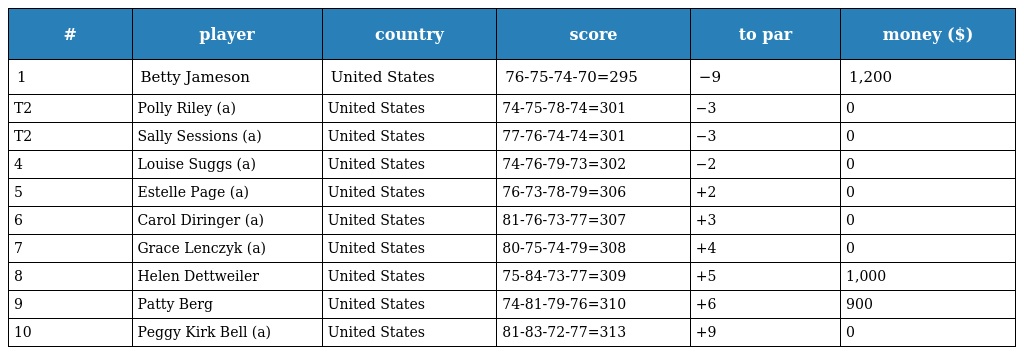
| # | player | country | score | to par | money ($) |
 | --- | --- | --- | --- | --- | --- |
 | 1 | Betty Jameson | United States | 76-75-74-70=295 | −9 | 1,200 |
 | T2 | Polly Riley (a) | United States | 74-75-78-74=301 | −3 | 0 |
 | T2 | Sally Sessions (a) | United States | 77-76-74-74=301 | −3 | 0 |
 | 4 | Louise Suggs (a) | United States | 74-76-79-73=302 | −2 | 0 |
 | 5 | Estelle Page (a) | United States | 76-73-78-79=306 | +2 | 0 |
 | 6 | Carol Diringer (a) | United States | 81-76-73-77=307 | +3 | 0 |
 | 7 | Grace Lenczyk (a) | United States | 80-75-74-79=308 | +4 | 0 |
 | 8 | Helen Dettweiler | United States | 75-84-73-77=309 | +5 | 1,000 |
 | 9 | Patty Berg | United States | 74-81-79-76=310 | +6 | 900 |
 | 10 | Peggy Kirk Bell (a) | United States | 81-83-72-77=313 | +9 | 0 |